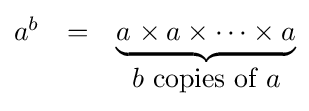
{\begin{matrix}a^{b}&=&\underbrace {a_{}\times a\times \dots \times a} \\&&b{\mbox{ copies of }}a\end{matrix}}